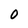
Character: O